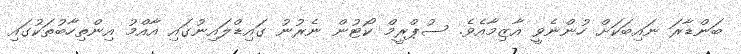
ބަންޑާރަ ނައިބަކަށް ހުންނެވީ އާޒިމާއެވެ. ސުޕްރީމް ކޯޓުން ނެރުނު ގައިޑްލައިނުގައި އާއްމު އިންތިހާބުތަކުގައި